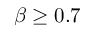
\beta \geq 0 . 7